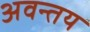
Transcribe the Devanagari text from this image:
अवन्तय